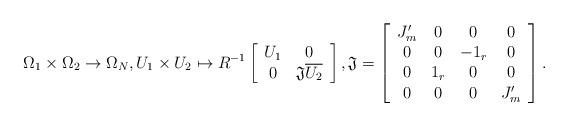
LaTeX: \begin{align*}\Omega_1\times\Omega_2\to\Omega_N,U_1\times U_2\mapsto R^{-1}\left[\begin{array}{cc}U_1 & 0\\0 & \mathfrak{J}\overline{U_2}\end{array}\right],\mathfrak{J}=\left[\begin{array}{cccc}J_{m}' & 0 & 0 & 0\\0 & 0 & -1_r & 0\\0 & 1_r & 0 & 0\\0 & 0 & 0 & J_{m}'\end{array}\right].\end{align*}